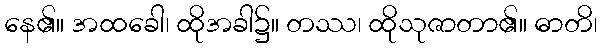
နေ၏။ အထခေါ၊ ထိုအခါ၌။ တဿ၊ ထိုသုဇာတာ၏။ ဓာတိ၊